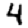
Digit: 4